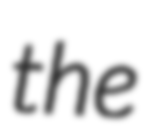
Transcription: the